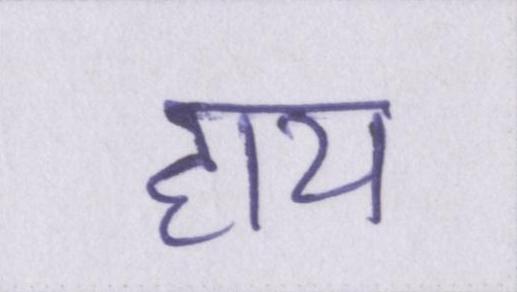
हाय